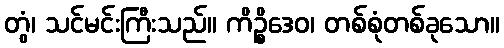
တွံ၊ သင်မင်းကြီးသည်။ ကိဉ္စိဒေဝ၊ တစ်စုံတစ်ခုသော။